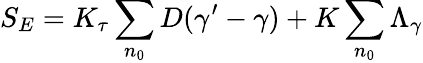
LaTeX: S_{E}=K_{\tau}\sum_{n_{0}}D(\gamma^{\prime}-\gamma)+K\sum_{n_{0}}\Lambda_{\gamma}